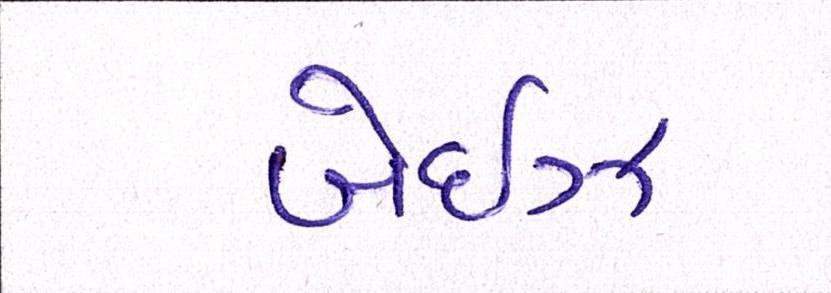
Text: બેઈઝ